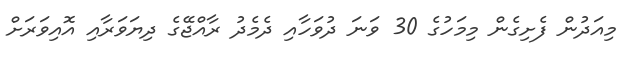
މިއަދުން ފެށިގެން މިމަހުގެ 30 ވަނަ ދުވަހާއި ދެމެދު ރާއްޖޭގެ ދިޔަވަރާއި އޮއިވަރަށް